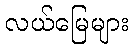
လယ်မြေများ